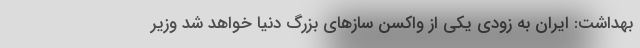
بهداشت: ایران به زودی یکی از واکسن سازهای بزرگ دنیا خواهد شد وزیر